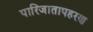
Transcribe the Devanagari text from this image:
पारिजातापहरण